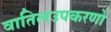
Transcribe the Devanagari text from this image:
वातिलउपकरणों